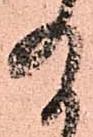
給